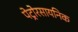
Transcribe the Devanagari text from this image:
पेट्रोरसायनिक